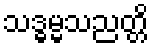
သဒ္ဓမ္မသညတ္တိ